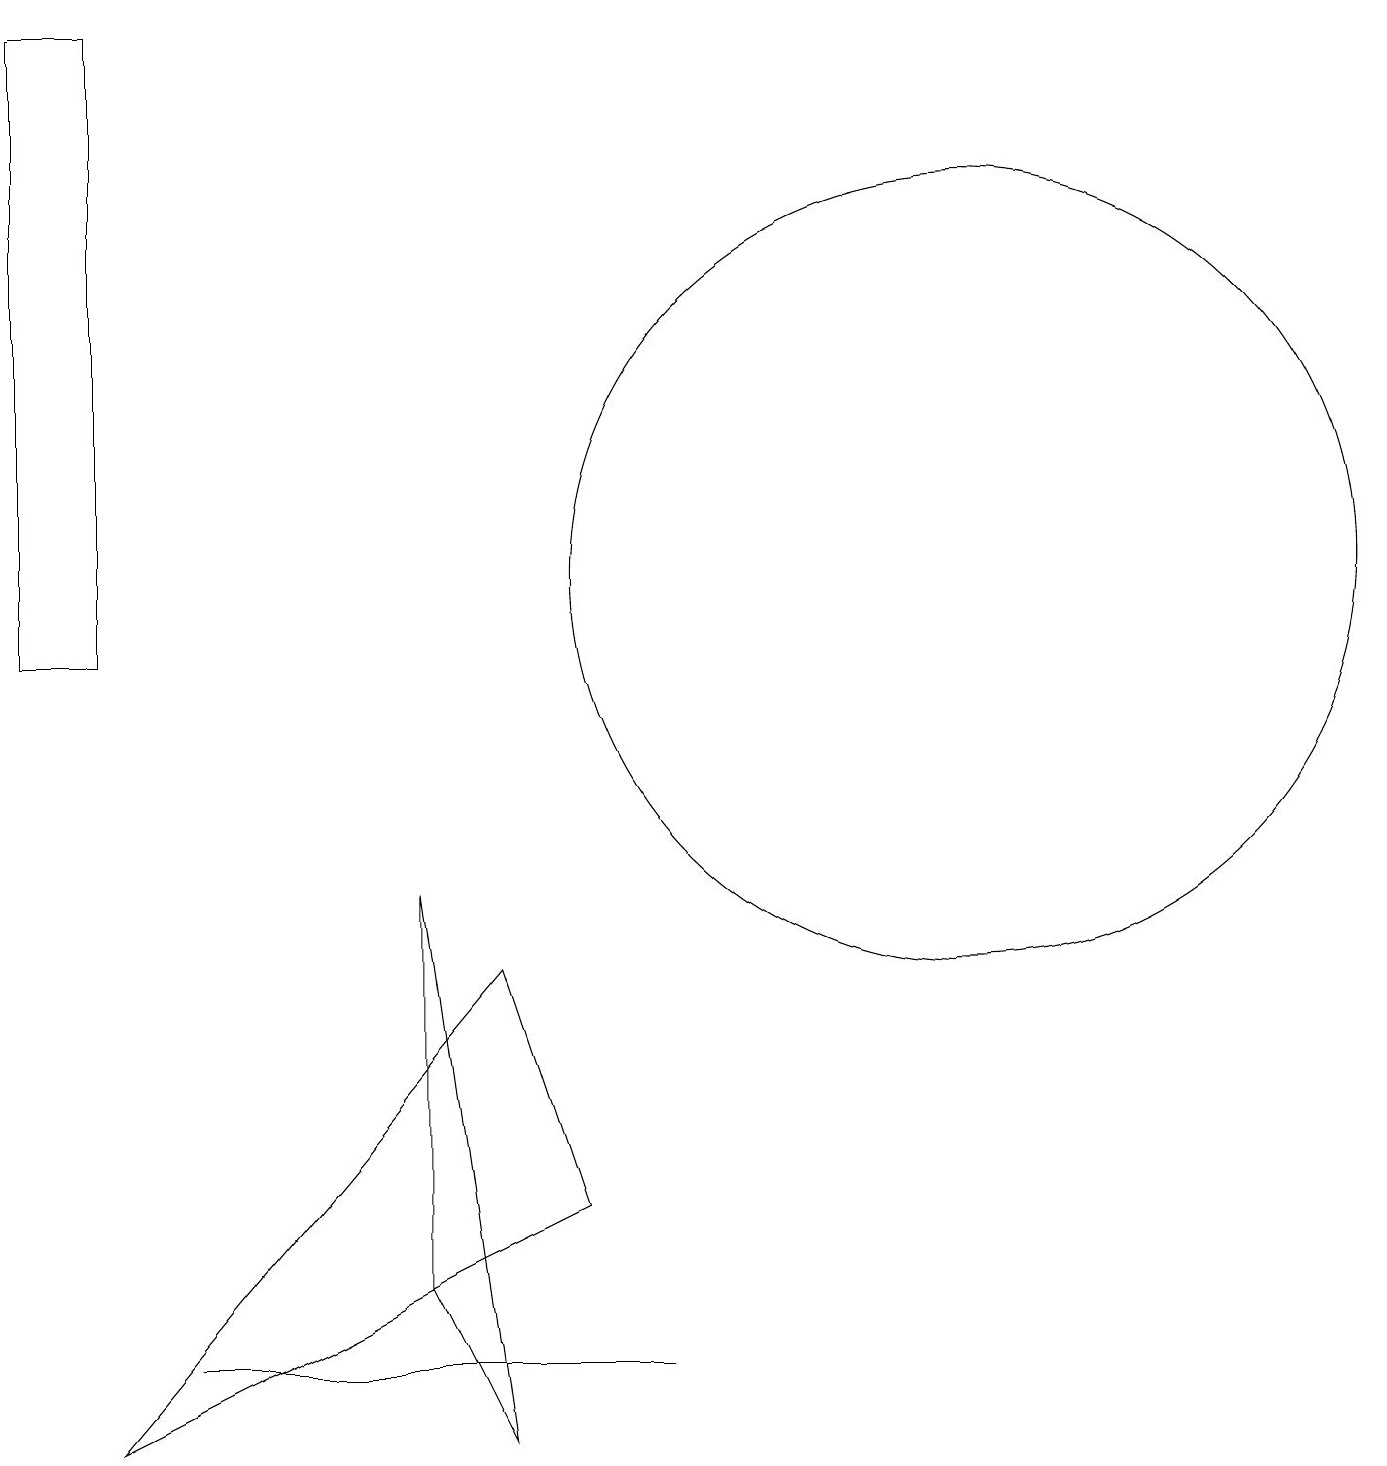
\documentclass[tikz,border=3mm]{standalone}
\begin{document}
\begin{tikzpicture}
\draw (1,11) rectangle (0,19);
\draw (6,1) -- (5,3) -- (5,8) -- cycle;
\draw (1,1) -- (7,4) -- (6,7) -- cycle;
\draw (12,12) circle (5);
\draw (8,2) -- (2,2) -- (2,2) -- cycle;
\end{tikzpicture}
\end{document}